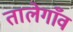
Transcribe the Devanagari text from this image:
तालेगाँव